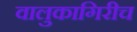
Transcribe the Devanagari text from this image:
वालुकागिरीच